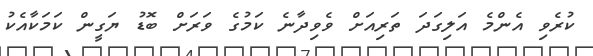
ކުރެވި އެންމެ އަލިގަދަ ތަރިއަށް ވެވިދާނެ ކަމުގެ ވަރަށް ބޮޑު ޔަގީން ކަމަކާއެކު